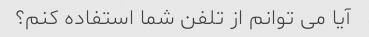
آیا می توانم از تلفن شما استفاده کنم؟